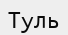
Туль